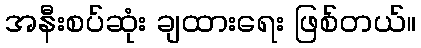
အနီးစပ်ဆုံး ချထားရေး ဖြစ်တယ်။